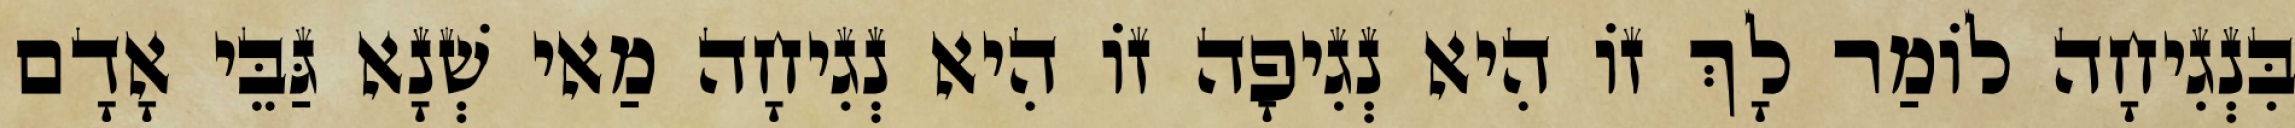
בִּנְגִיחָה לוֹמַר לָךְ זוֹ הִיא נְגִיפָה זוֹ הִיא נְגִיחָה מַאי שְׁנָא גַּבֵּי אָדָם